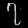
Digit: ၇